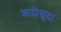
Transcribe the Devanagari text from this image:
शादीसुदा